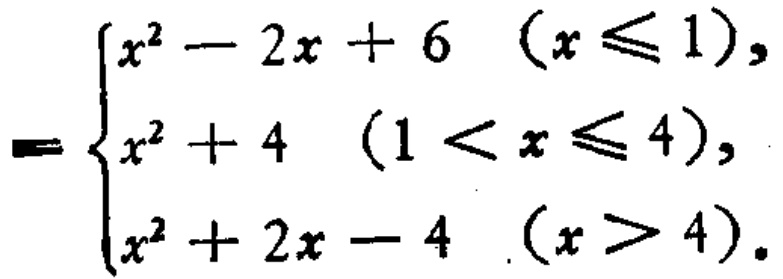
\[

= \begin{cases}

x^{2}-2x + 6&(x\leqslant1),\\

x^{2}+4&(1 < x\leqslant4),\\

x^{2}+2x - 4&(x > 4).

\end{cases}

\]